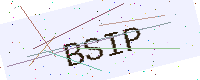
Text: BSIP